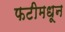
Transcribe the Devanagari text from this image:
फटीमधून